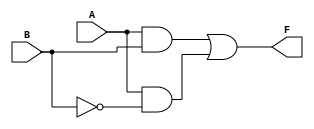
module two_variable_kmap (
    input wire A,  // 1-bit input A
    input wire B,  // 1-bit input B
    output wire F  // 1-bit output F
);

// Define the output logic based on the K-map
// Example: Let's assume the K-map has 1s in cells (0,1) and (1,1)
// This corresponds to the simplified expression F = B
assign F = (A & B) | (A & ~B); // Modify this line based on your K-map requirements

endmodule